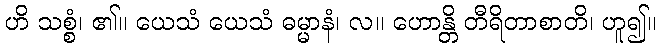
ဟိ သစ္စံ၊ ၏။ ယေသံ ယေသံ ဓမ္မာနံ၊ လ။ ဟောန္တိ တီရိတာစာတိ၊ ဟူ၍။